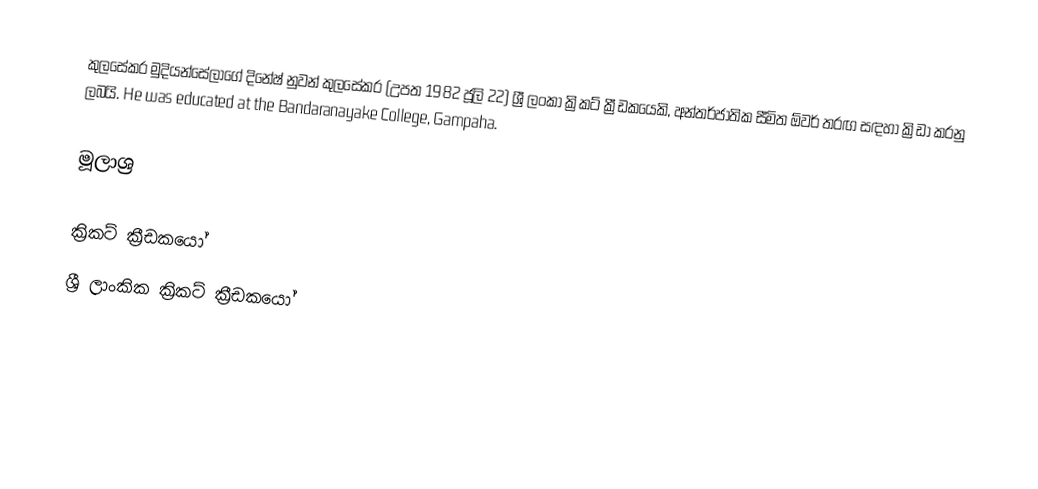
කුලසේකර මුදියන්සේලාගේ දිනේෂ් නුවන් කුලසේකර (උපත 1982 ජූලි 22) ශ්‍රී ලංකා ක්‍රිකට් ක්‍රීඩකයෙකි, අන්තර්ජාතික සීමිත ඕවර් තරඟ සඳහා ක්‍රිඩා කරනු ලබයි. He was educated at the Bandaranayake College, Gampaha.

මූලාශ්‍ර

ක්‍රිකට් ක්‍රීඩකයෝ
ශ්‍රී ලාංකික ක්‍රිකට් ක්‍රීඩකයෝ